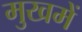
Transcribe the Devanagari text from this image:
मुखमें